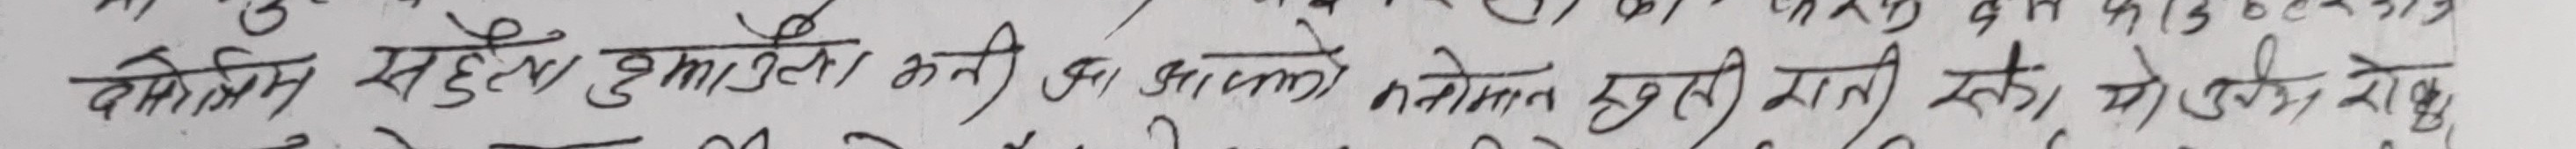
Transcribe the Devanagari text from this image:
देसोस पहले तुम्हारी बही का आपको मालूम हुयी बात एकु, मोहेरा, रोकु